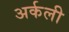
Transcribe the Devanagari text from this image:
अर्कली